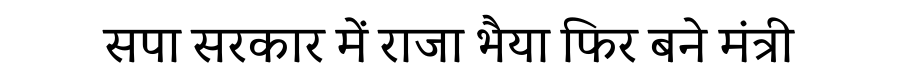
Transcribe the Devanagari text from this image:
सपा सरकार में राजा भैया फिर बने मंत्री